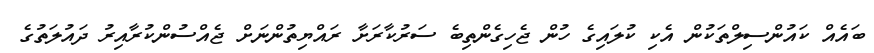
ބައެއް ކައުންސިލްތަކުން އެކި ކުލައިގެ ހުން ޖެހިގެންތިބެ ސަރުކާރަށާ ރައްޔިތުންނަށް ޖެއްސުންކުރާއިރު ދައުލަތުގެ